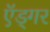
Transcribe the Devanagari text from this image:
ऍड्गर